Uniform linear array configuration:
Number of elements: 12
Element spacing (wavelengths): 1
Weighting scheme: blackman
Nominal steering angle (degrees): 15
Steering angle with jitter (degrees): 13.748
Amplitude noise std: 0.05
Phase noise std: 0.05

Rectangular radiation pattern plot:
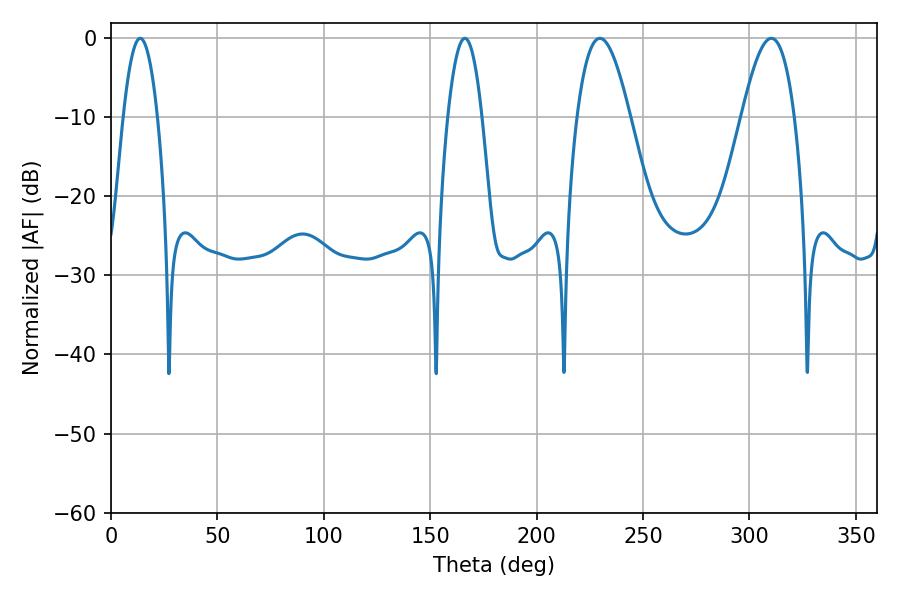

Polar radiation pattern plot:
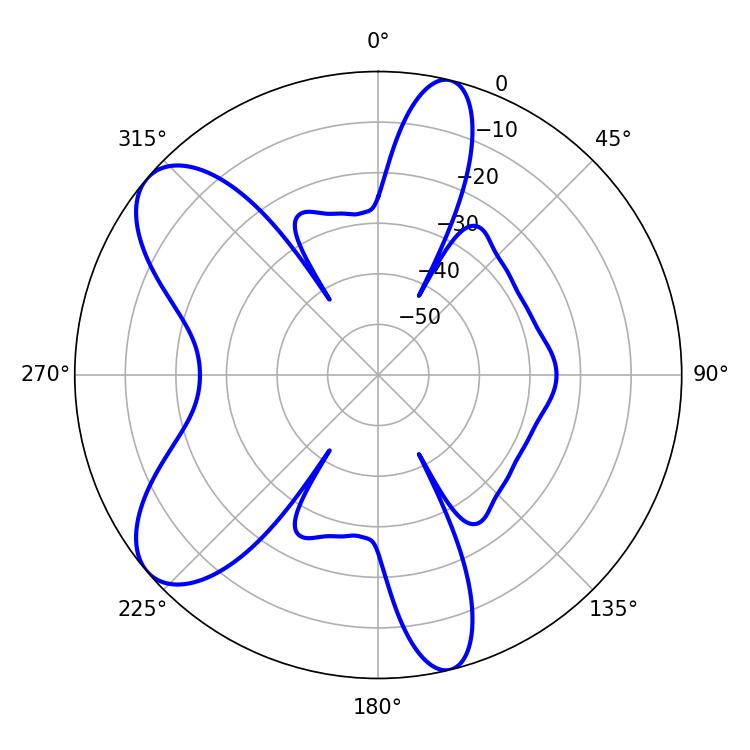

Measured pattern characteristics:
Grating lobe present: TRUE
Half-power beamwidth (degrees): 13.32
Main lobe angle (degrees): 229.68